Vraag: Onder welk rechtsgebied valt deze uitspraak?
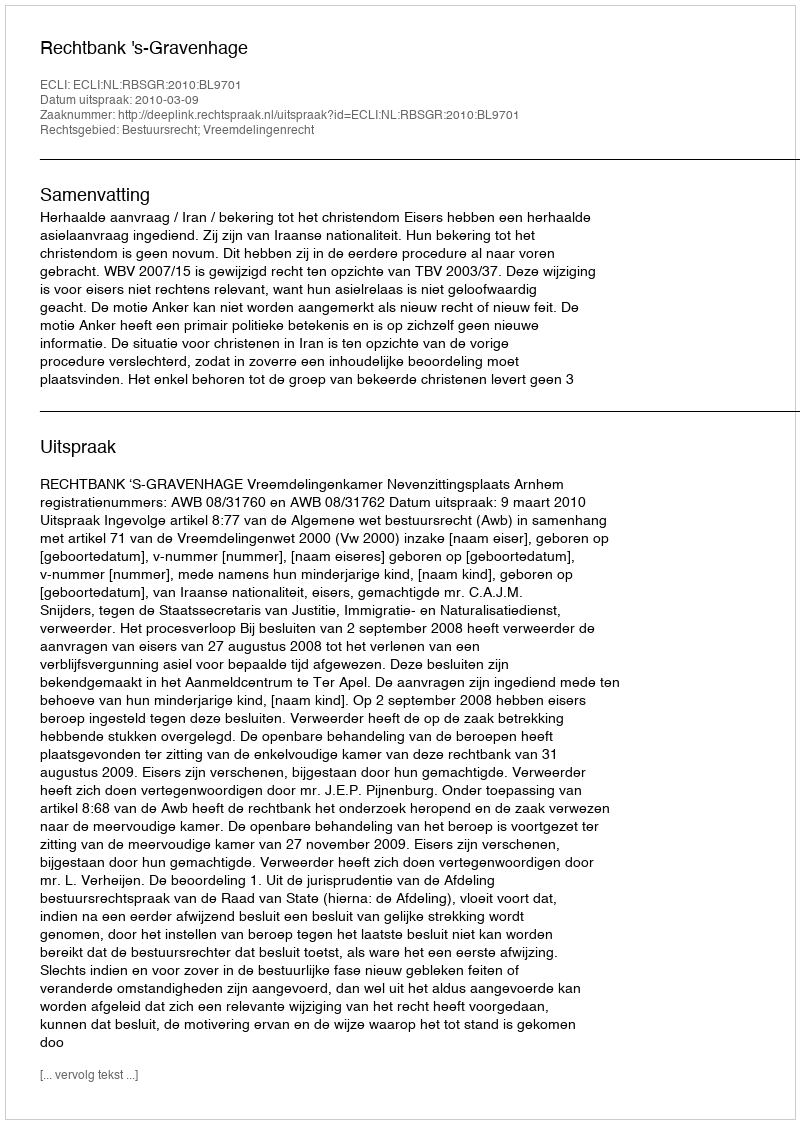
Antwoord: Bestuursrecht; Vreemdelingenrecht